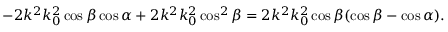
- 2 k ^ { 2 } k _ { 0 } ^ { 2 } \cos \beta \cos \alpha + 2 k ^ { 2 } k _ { 0 } ^ { 2 } \cos ^ { 2 } \beta = 2 k ^ { 2 } k _ { 0 } ^ { 2 } \cos \beta ( \cos \beta - \cos \alpha ) .